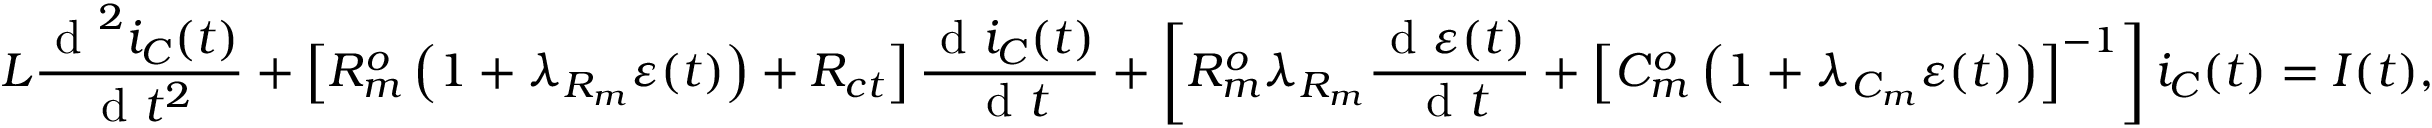
L \frac { \textrm { d } ^ { 2 } i _ { C } ( t ) } { \textrm { d } t ^ { 2 } } + \left[ R _ { m } ^ { o } \left( 1 + \lambda _ { R _ { m } } \varepsilon ( t ) \right) + R _ { c t } \right] \frac { \textrm { d } i _ { C } ( t ) } { \textrm { d } t } + \left[ R _ { m } ^ { o } \lambda _ { R _ { m } } \frac { \textrm { d } \varepsilon ( t ) } { \textrm { d } t } + \left[ C _ { m } ^ { o } \left( 1 + \lambda _ { C _ { m } } \varepsilon ( t ) \right) \right] ^ { - 1 } \right] i _ { C } ( t ) = I ( t ) ,